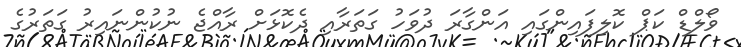
ވޯލްޑް ކަޕް ކޮލިފައިންގައި އަންގާރަ ދުވަހު ގަތަރާއި ދެކޮޅަށް ރާއްޖެ ނުކުންނައިރު ގަތަރުގެ